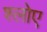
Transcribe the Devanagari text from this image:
श्लोए